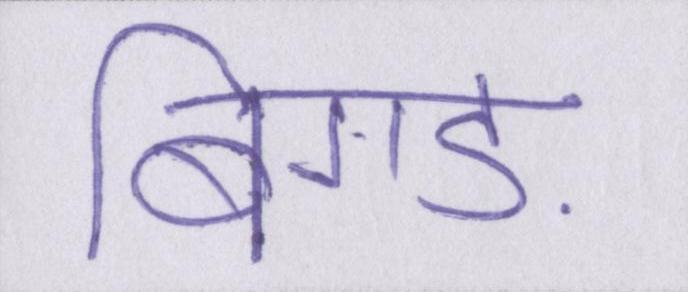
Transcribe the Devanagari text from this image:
बिगड़